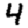
Digit: 4